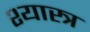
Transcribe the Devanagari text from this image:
श्यास्त्र